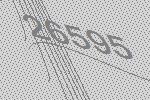
26595